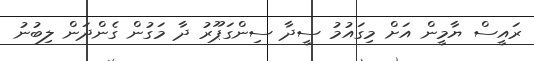
ރައީސް ޔާމީން އަށް މިގައުމު ސީދާ ސިންގަޕޫރު ދާ މަގުން ގެންދަން ލިބުނު